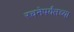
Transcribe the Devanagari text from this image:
रचनेपर्यंतच्या